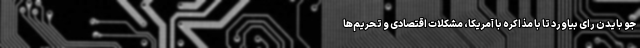
جو بایدن رای بیاورد تا با مذاکره با آمریکا، مشکلات اقتصادی و تحریم‌ها